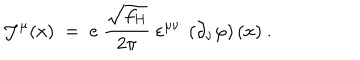
{ \mathcal J } ^ { \mu } ( x ) \; = \; e ~ \frac { \sqrt { f _ { H } } } { 2 \pi } ~ \varepsilon ^ { \mu \nu } ~ \left( \partial _ { \nu } \varphi \right) ( x ) ~ .